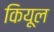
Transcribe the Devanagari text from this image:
कियूल